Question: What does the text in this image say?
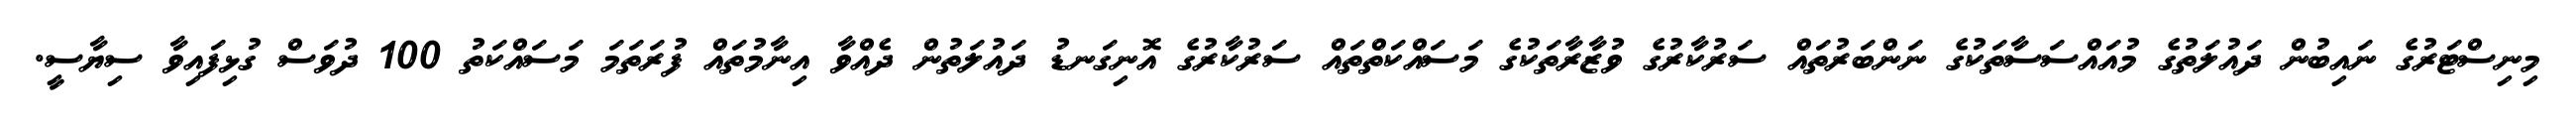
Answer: މިނިސްޓަރުގެ ނައިބުން ދައުލަތުގެ މުއައްސަސާތަކުގެ ނަންބަރުތައް ސަރުކާރުގެ ވުޒާރާތަކުގެ މަސައްކަތްތައް ސަރުކާރުގެ އޮނިގަނޑު ދައުލަތުން ދެއްވާ އިނާމުތައް ފުރަތަމަ މަސައްކަތު 100 ދުވަސް ގުޅިފައިވާ ސިޔާސީ.